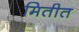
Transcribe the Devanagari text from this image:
मितीत